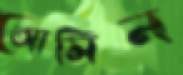
আমিন